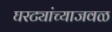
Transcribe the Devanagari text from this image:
घरट्यांच्याजवळ